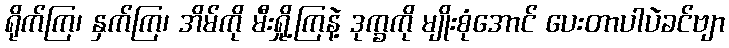
ရိုက်ကြ၊ နှက်ကြ၊ အိမ်ကို မီးရှို့ကြနဲ့ ဒုက္ခကို မျိုးစုံအောင် ပေးတာပါပဲခင်ဗျာ